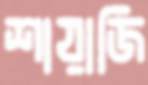
শায়াজি